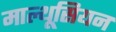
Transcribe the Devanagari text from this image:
माल्थूसियन